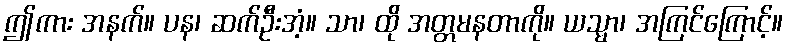
ဤကား အနက်။ ပန၊ ဆက်ဦးအံ့။ သာ၊ ထို အတ္တမနတာကို။ ယသ္မာ၊ အကြင်ကြောင့်။